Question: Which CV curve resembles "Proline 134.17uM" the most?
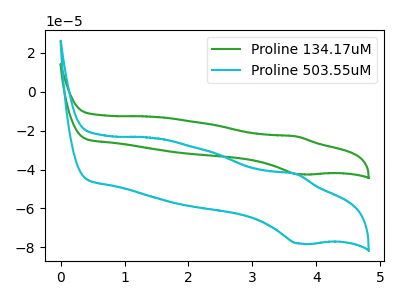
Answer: <think>The green curve "Proline 134.17uM" has an anodic peak at (3.70V, -22.95uA) and a cathodic peak at (3.75V, -42.35uA). The cyan curve "Proline 503.55uM" has an anodic peak at (3.70V, -42.25uA) and a cathodic peak at (3.75V, -77.95uA).
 All the peaks in "Proline 134.17uM" have a peak in "Proline 503.55uM" at the same potential.</think>
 <answer>The CV with the most similar shape to "Proline 503.55uM" is "Proline 134.17uM".</answer>
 <eval>"Proline 134.17uM"</eval>